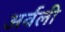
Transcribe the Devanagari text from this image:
अर्वली